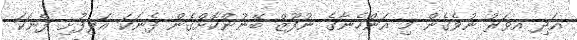
އަދި އވަރު ނުވެގެން މި އަންހެނާގެ ނުފޫޒް ބޭނުންކޮށްގެން ފެނަކަ އަލިފުށި ފެނަކަ